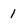
Character: 1